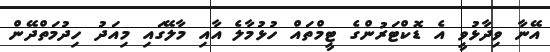
އޭނާ ވިދާޅުވީ އެ ޑޮކްޓަރުންގެ ޓީމްތައް ހުޅުމާލެ އާއި މާލޭގައި މިއަދު ހިދުމަތްދޭން